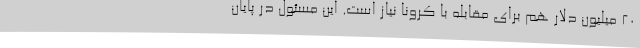
20 میلیون دلار هم برای مقابله با کرونا نیاز است. این مسئول در پایان